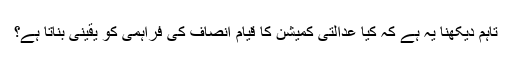
تاہم دیکھنا یہ ہے کہ کیا عدالتی کمیشن کا قیام انصاف کی فراہمی کو یقینی بناتا ہے؟